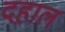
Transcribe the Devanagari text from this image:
दहाल